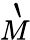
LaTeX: \grave{M}